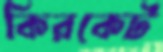
কিরকেট